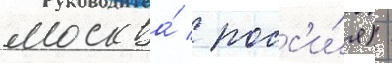
москва́ / росс'и́я) -